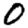
Digit: 0